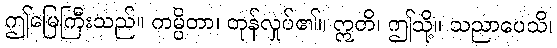
ဤမြေကြီးသည်။ ကမ္ပိတာ၊ တုန်လှုပ်၏။ ဣတိ၊ ဤသို့။ သညာပေသိ၊